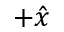
+ \hat { { x } }